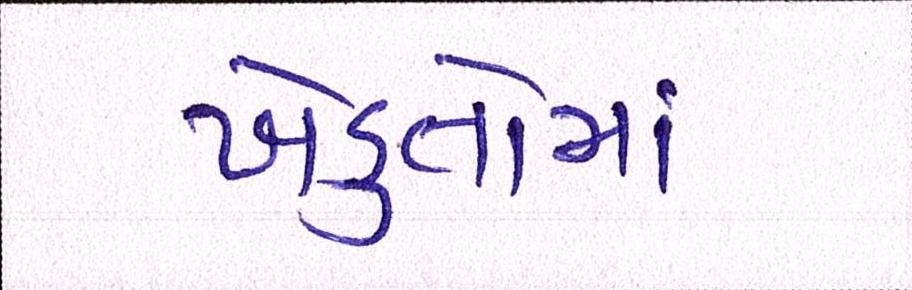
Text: ખેડુતોમાં